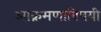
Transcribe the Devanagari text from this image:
आक्रमणाविषयी